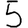
Digit: 5